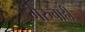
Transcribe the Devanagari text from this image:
गेरुचाही